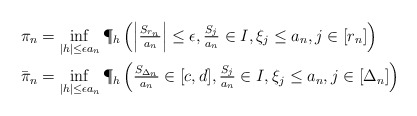
\begin{align*} \pi_n &= \inf_{|h| \leq \epsilon a_n} \P_h\left( \left|\tfrac{S_{r_n}}{a_n}\right| \leq \epsilon, \tfrac{S_j}{a_n} \in I, \xi_j\leq a_n, j \in [r_n]\right)\\ \bar{\pi}_n &= \inf_{|h| \leq \epsilon a_n} \P_h\left( \tfrac{S_{\Delta_n}}{a_n} \in [c,d], \tfrac{S_j}{a_n} \in I, \xi_j \leq a_n, j \in [\Delta_n] \right)\end{align*}